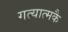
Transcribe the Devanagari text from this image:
गत्यात्मकै